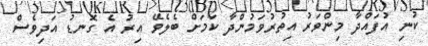
ކުނި އުފައްދާ މިންވަރު އިތުރުވަމުންދާ ކަމަށް ބެލެވޭ އިރު އެ ގޮނޑު އަދިވެސް